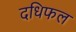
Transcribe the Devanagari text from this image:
दधिफल